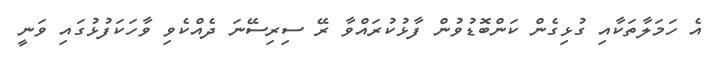
އެ ހަމަލާތަކާއި ގުޅިގެން ކަންބޮޑުވުން ފާޅުކުރައްވާ ރޭ ސިރިސޭނަ ދެއްކެވި ވާހަކަފުޅުގައި ވަނީ